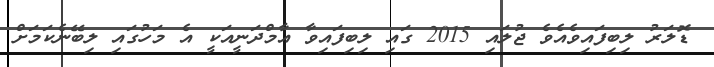
ޑޮލަރު ލިބިފައިވެއެވެ ޖުލައި 2015 ގައި ލިބިފައިވާ އާމްދަނީއަކީ އެ މަހުގައި ލިބޭނެކަމަށް